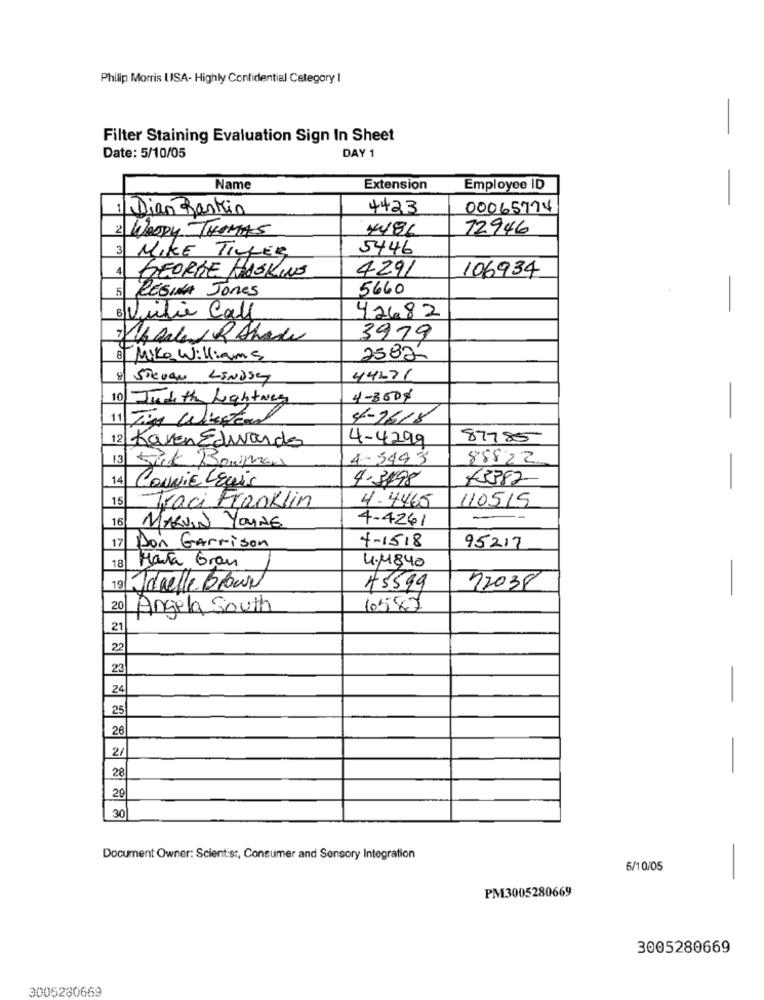
Philip Morris USA- Highly Confidential Category I
-
Filter Staining Evaluation Sign In Sheet
DAY 1
Date: 5/10/05
Name
Extension
Employee ID
-
1 Dian Rankin
4423
00065774
2 WOODY THOMAS
4481
72946
3
5446
MIKE TILLER
4
4291
106934
GEORGE HASKING
-
5
5660
REGINA Jones
8 Julie Call
42682
26 Alle R Shade
3979
8 Mike Williams
2582
Steven LINDSEY
44671
10
Judith Lightweg
4-300$
-
11 Tim Wissens
4-7618
12
4-4299
87785
Karen Edwards
13
Sik Bouman
4- 5943
88822
14
4-3498
45382-
CONNIE LEuis
15
Traci Franklin
110515
4.4465
4-4261
16
MARVIN YOUNG
17
Don Garrison
4-1518
95217
18
Maria Gran
4.11840
19 Janelle Brown
45599
72038
-
20
Angela South
6587
21
22
23
24
-
25
26
2/
-
28
29
30
Document Owner: Scientist, Consumer and Sensory Integration
5/10/05
-
PM3005280669
3005280669
3005230669